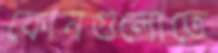
ফোনগুলোতে